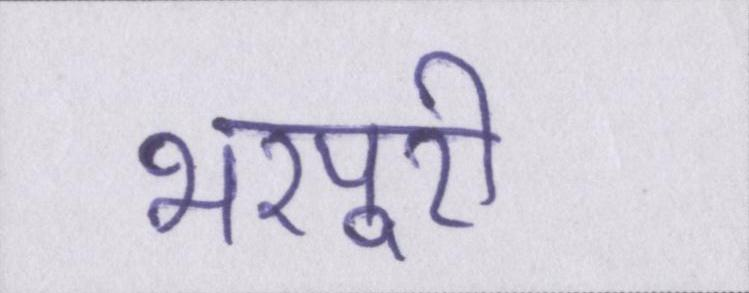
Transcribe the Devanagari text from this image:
भरपूरी